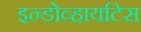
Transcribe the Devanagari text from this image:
इन्डोव्हायटिस